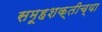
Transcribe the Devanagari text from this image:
समूहशक्तीच्या